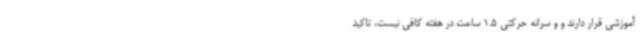
آموزشی قرار دارند و و سرانه حرکتی 1.5 ساعت در هفته کافی نیست، تاکید